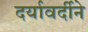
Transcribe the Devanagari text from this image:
दर्यावर्दीने